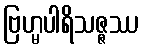
ဗြဟ္မပါရိသဇ္ဇဿ